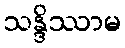
သန္ဒိဿာမ